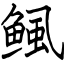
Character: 鲺